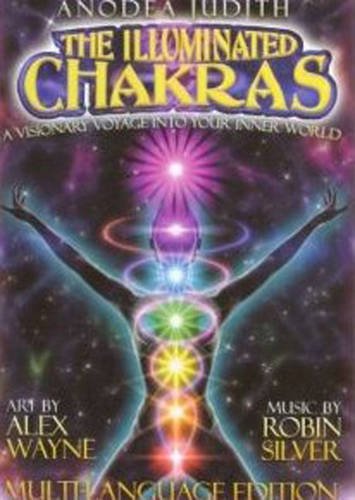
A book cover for The Illuminated Chakras DVD; Anodea Judith PhD; Religion & Spirituality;